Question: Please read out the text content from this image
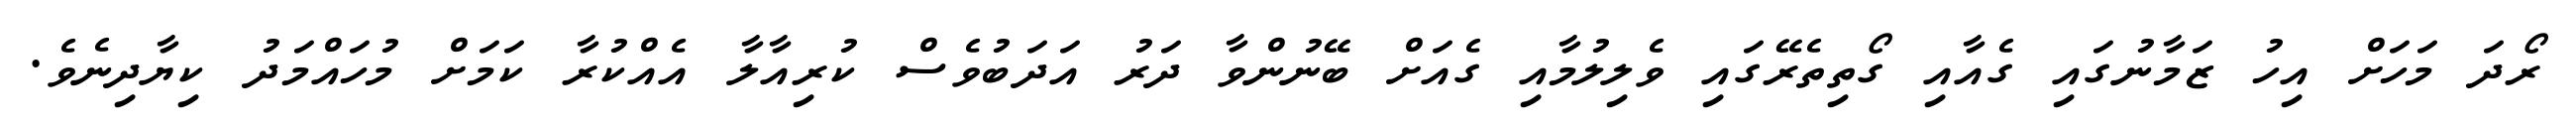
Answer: ރޯދަ މަހަށް އިހު ޒަމާނުގައި ގެއާއި ގޯތިތެރޭގައި ވެލިލުމާއި ގެއަށް ބޭނުންވާ ދަރު އަދަބުވެސް ކުރިއާލާ އެއްކުރާ ކަމަށް މުހައްމަދު ކިޔާދިނެވެ.